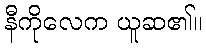
နီကိုလေက ယူဆ၏။